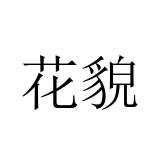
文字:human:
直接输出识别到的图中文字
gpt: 花貌